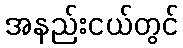
အနည်းငယ်တွင်